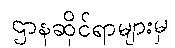
ဌာနဆိုင်ရာများမှ